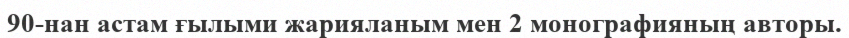
90-нан астам ғылыми жарияланым мен 2 монографияның авторы.